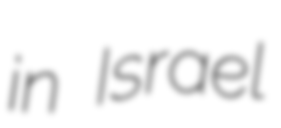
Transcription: in Israel